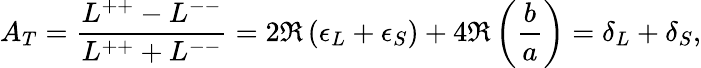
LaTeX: A_{T}=\frac{L^{++}-L^{--}}{L^{++}+L^{--}}=2\Re\left(\epsilon_{L}+\epsilon_{S}\right)+4\Re\left(\frac{b}{a}\right)=\delta_{L}+\delta_{S},